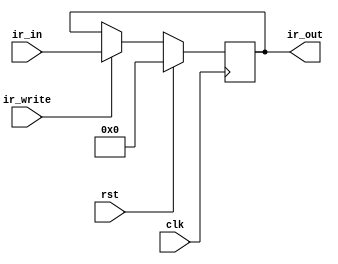
module ir_register(clk, rst, ir_in, ir_write,
					ir_out);
	input wire clk, rst, ir_write;
	input wire[15:0] ir_in;
	output reg[15:0] ir_out;

    always @(posedge clk) begin
        if (rst) ir_out = 13'b0;
        else if(ir_write) ir_out = ir_in;
    end

endmodule // ir_register